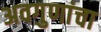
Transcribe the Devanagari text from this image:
अवगुणांचा